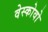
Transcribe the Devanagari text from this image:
वेस्कोवो